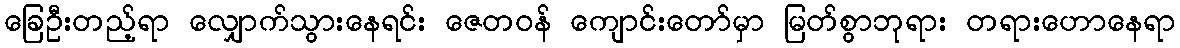
ခြေဦးတည့်ရာ လျှောက်သွားနေရင်း ဇေတဝန် ကျောင်းတော်မှာ မြတ်စွာဘုရား တရားဟောနေရာ